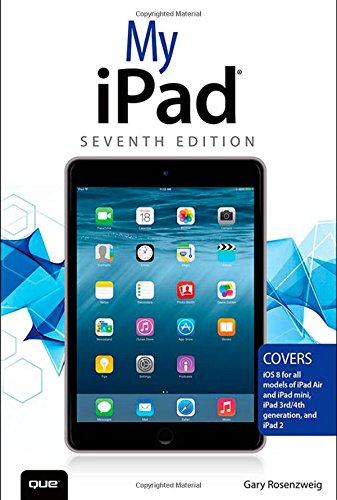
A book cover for My iPad (Covers iOS 8 on all models of  iPad Air, iPad mini, iPad 3rd/4th generation, and iPad 2) (7th Edition); Gary Rosenzweig; Computers & Technology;